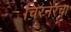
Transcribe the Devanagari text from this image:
चिरनेरचा